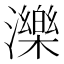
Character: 濼